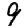
Digit: 9